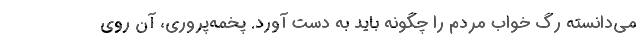
می‌دانسته رگ خواب مردم را چگونه باید به دست آورد. پخمه‌پروری، آن روی